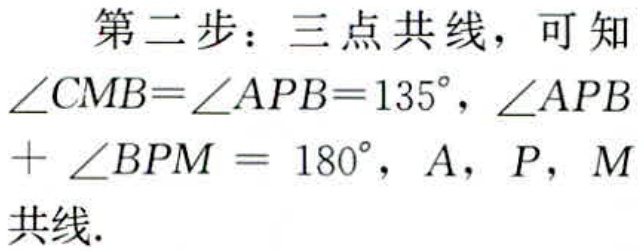
第二步：三点共线，可知
\(\angle CMB=\angle APB = 135^{\circ}\)，\(\angle APB+\angle BPM=180^{\circ}\)，\(A\)，\(P\)，\(M\)
共线.